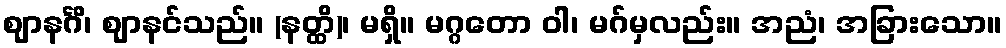
ဈာနင်္ဂိ၊ ဈာနင်သည်။ (နတ္ထိ)၊ မရှိ။ မဂ္ဂတော ဝါ၊ မဂ်မှလည်း။ အညံ၊ အခြားသော။